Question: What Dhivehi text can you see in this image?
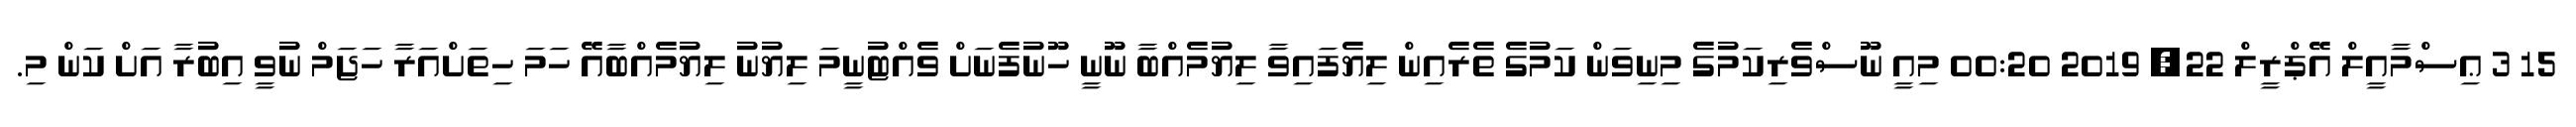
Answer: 15 3 ޢިސްމާއީލް އޭޕްރީލް 22, 2019 00:20 މިއީ ނޫސްވެރިކަމުގެ މިނިވަން ކަމުގެ ތެރެއިން ލިޔެފައިވާ ލިޔުމެއްބާ ނޫނީ ހޫނުފެނަށް ވެއްޓުނީމަ ލިޔުނު ލިޔުމެއްބާއޭ ހަމަ ހިތަށްއަރާ ހަޖަމް ނުވީ އިބުރާ އަށް ކަން މި.